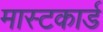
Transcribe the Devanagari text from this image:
मास्टकार्ड